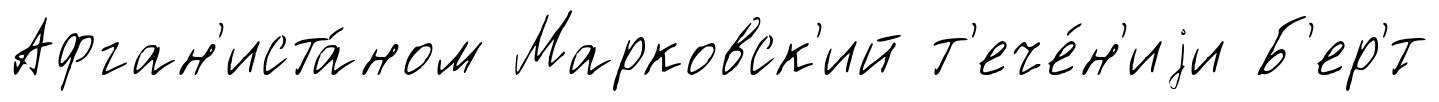
Афган'иста́ном Марковск'ий т'ече́н'иjи Б'ер'́т